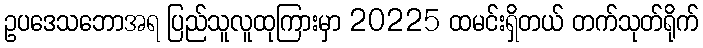
ဥပဒေသဘောအရ ပြည်သူလူထုကြားမှာ 20225 ထမင်းရှိတယ် တက်သုတ်ရိုက်